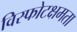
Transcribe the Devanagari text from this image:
विस्फोटक्षमता